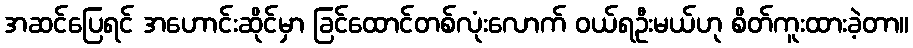
အဆင်ပြေရင် အဟောင်းဆိုင်မှာ ခြင်ထောင်တစ်လုံးလောက် ဝယ်ရဦးမယ်ဟု စိတ်ကူးထားခဲ့တာ။